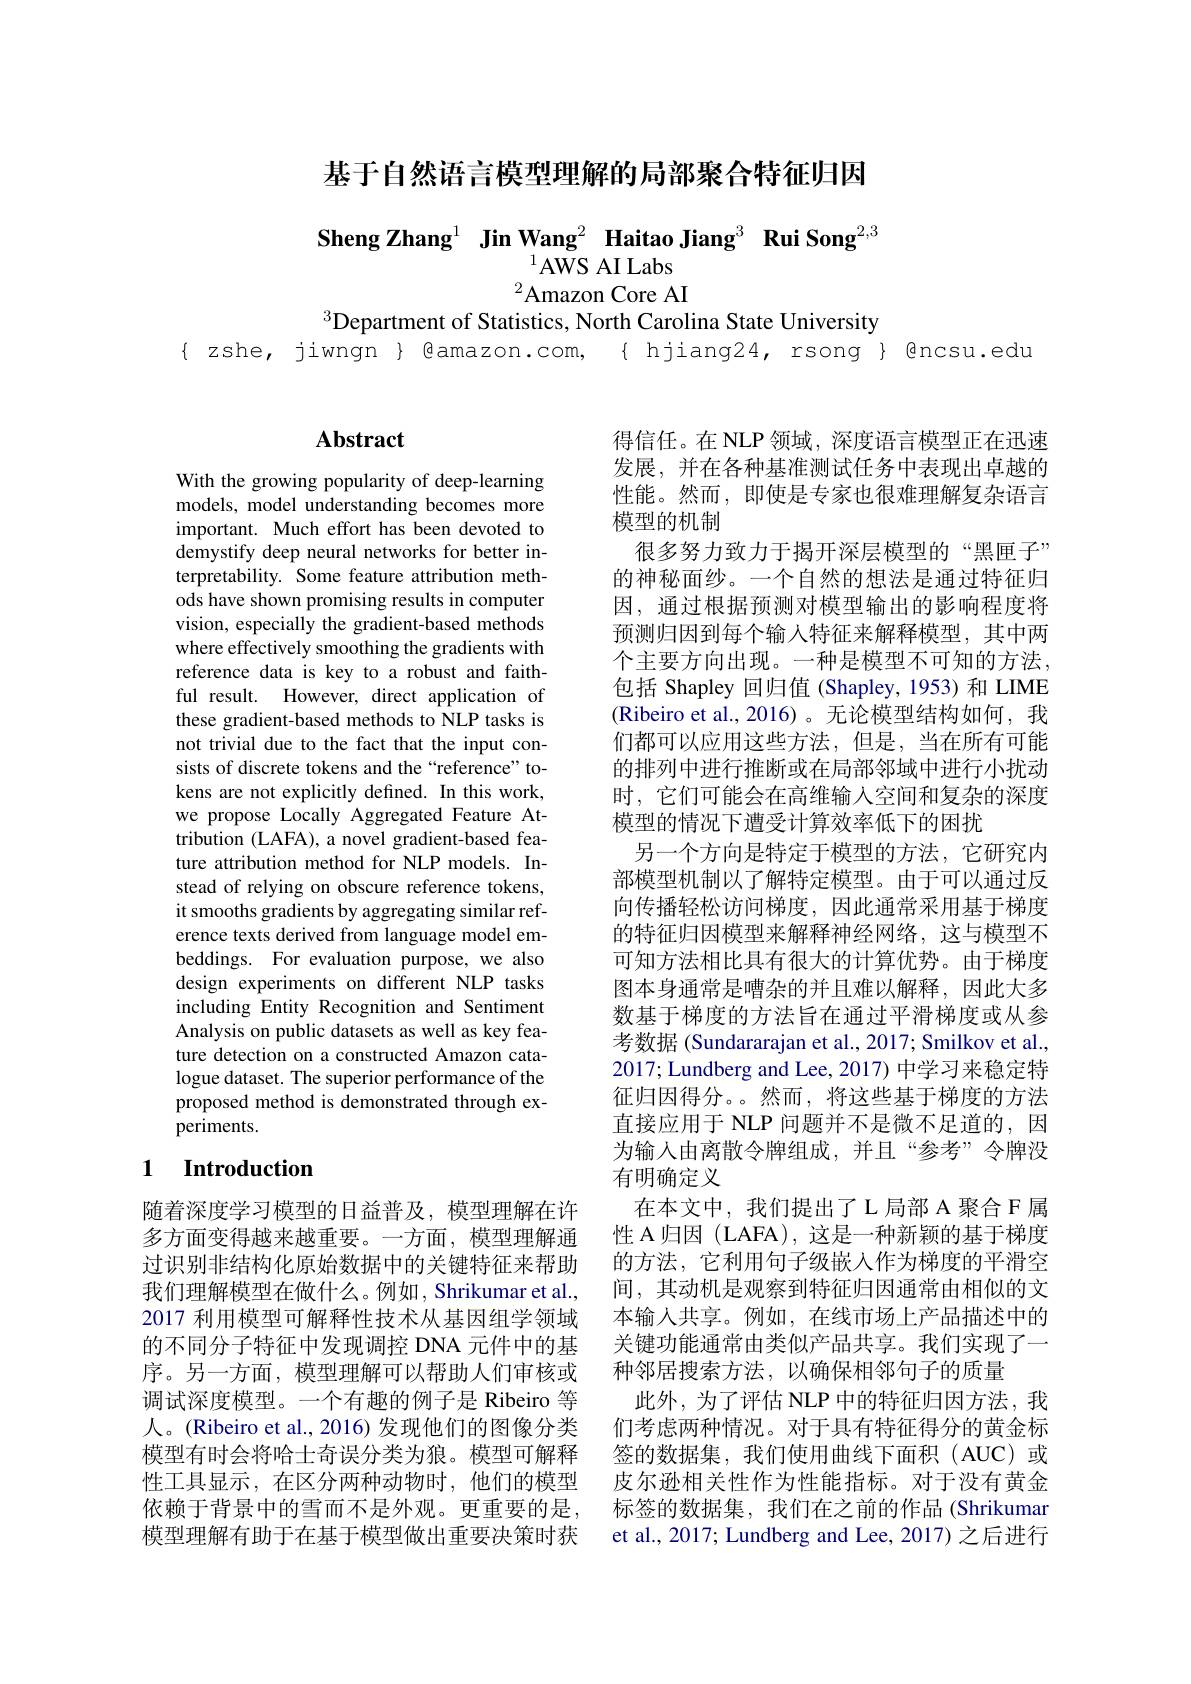
基于自然语言模型理解的局部聚合特征归因

Sheng Zhang$^{1}\textbf{Jin Wang}^{2}$ Haitao Jiang$^{3}\textbf{ Rui Song}^{2,3}$
## $^{1}$AWS AI Labs

$^{2}$Amazon Core AI
$^{3}$Department of Statistics, North Carolina State University
{ zshe, jiwngn } Qamazon.com, { hjiang24, rsong } Qncsu.edu

# Abstract

With the growing popularity of deep-learning models, model understanding becomes more important. Much effort has been devoted to demystify deep neural networks for better interpretability. Some feature attribution methods have shown promising results in computer vision, especially the gradient-based methods where effectively smoothing the gradients with reference data is key to a robust and faithful result. However, direct application of these gradient-based methods to NLP tasks is not trivial due to the fact that the input consists of discrete tokens and the“reference”tokens are not explicitly defined. In this work, we propose Locally Aggregated Feature Attribution (LAFA), a novel gradient-based feature attribution method for NLP models. Instead of relying on obscure reference tokens, it smooths gradients by aggregating similar reference texts derived from language model embeddings. For evaluation purpose, we also design experiments on different NLP tasks including Entity Recognition and Sentiment Analysis on public datasets as well as key feature detection on a constructed Amazon catalogue dataset. The superior performance of the proposed method is demonstrated through experiments.

### 1 $\textbf{Introduction}$

随着深度学习模型的日益普及，模型理解在许多方面变得越来越重要。一方面，模型理解通过识别非结构化原始数据中的关键特征来帮助我们理解模型在做什么。例如，Shrikumar et al., 2017 利用模型可解释性技术从基因组学领域的不同分子特征中发现调控 DNA 元件中的基序。另一方面，模型理解可以帮助人们审核或调试深度模型。一个有趣的例子是 Ribeiro 等人。(Ribeiro et al., 2016) 发现他们的图像分类模型有时会将哈士奇误分类为狼。模型可解释性工具显示，在区分两种动物时，他们的模型依赖于背景中的雪而不是外观。更重要的是， 模型理解有助于在基于模型做出重要决策时获

得信任。在 NLP 领域，深度语言模型正在迅速发展，并在各种基准测试任务中表现出卓越的性能。然而，即使是专家也很难理解复杂语言模型的机制
很多努力致力于揭开深层模型的“黑匣子” 的神秘面纱。一个自然的想法是通过特征归因，通过根据预测对模型输出的影响程度将预测归因到每个输入特征来解释模型，其中两个主要方向出现。一种是模型不可知的方法， 包括 Shapley 回归值 (Shapley, 1953) 和 LIME (Ribeiro et al., 2016) 。无论模型结构如何，我们都可以应用这些方法，但是，当在所有可能的排列中进行推断或在局部邻域中进行小扰动时，它们可能会在高维输入空间和复杂的深度模型的情况下遭受计算效率低下的困扰
另一个方向是特定于模型的方法，它研究内部模型机制以了解特定模型。由于可以通过反向传播轻松访问梯度，因此通常采用基于梯度的特征归因模型来解释神经网络，这与模型不可知方法相比具有很大的计算优势。由于梯度图本身通常是嘈杂的并且难以解释，因此大多数基于梯度的方法旨在通过平滑梯度或从参考数据 (Sundararajan et al., 2017; Smilkov et al., 2017; Lundberg and Lee, 2017) 中学习来稳定特征归因得分。。然而，将这些基于梯度的方法直接应用于 NLP 问题并不是微不足道的，因为输入由离散令牌组成，并且“参考”令牌没有明确定义
在本文中，我们提出了L 局部 A 聚合 F 属性 A 归因 (LAFA), 这是一种新颖的基于梯度的方法，它利用句子级嵌入作为梯度的平滑空间，其动机是观察到特征归因通常由相似的文本输入共享。例如，在线市场上产品描述中的关键功能通常由类似产品共享。我们实现了一种邻居搜索方法，以确保相邻句子的质量
此外，为了评估 NLP 中的特征归因方法，我们考虑两种情况。对于具有特征得分的黄金标签的数据集，我们使用曲线下面积(AUC)或皮尔逊相关性作为性能指标。对于没有黄金标签的数据集，我们在之前的作品(Shrikumar et al., 2017; Lundberg and Lee, 2017) 之后进行